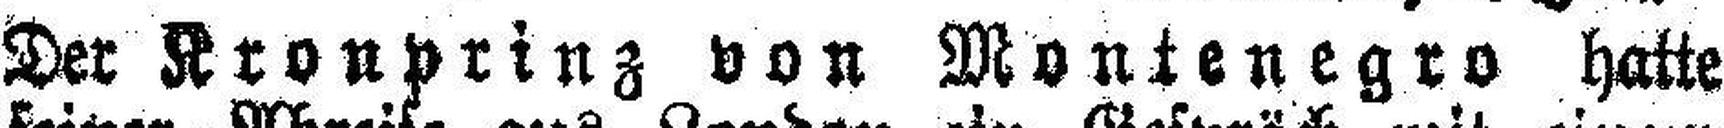
Der Kronprinz von Montenegro hatte